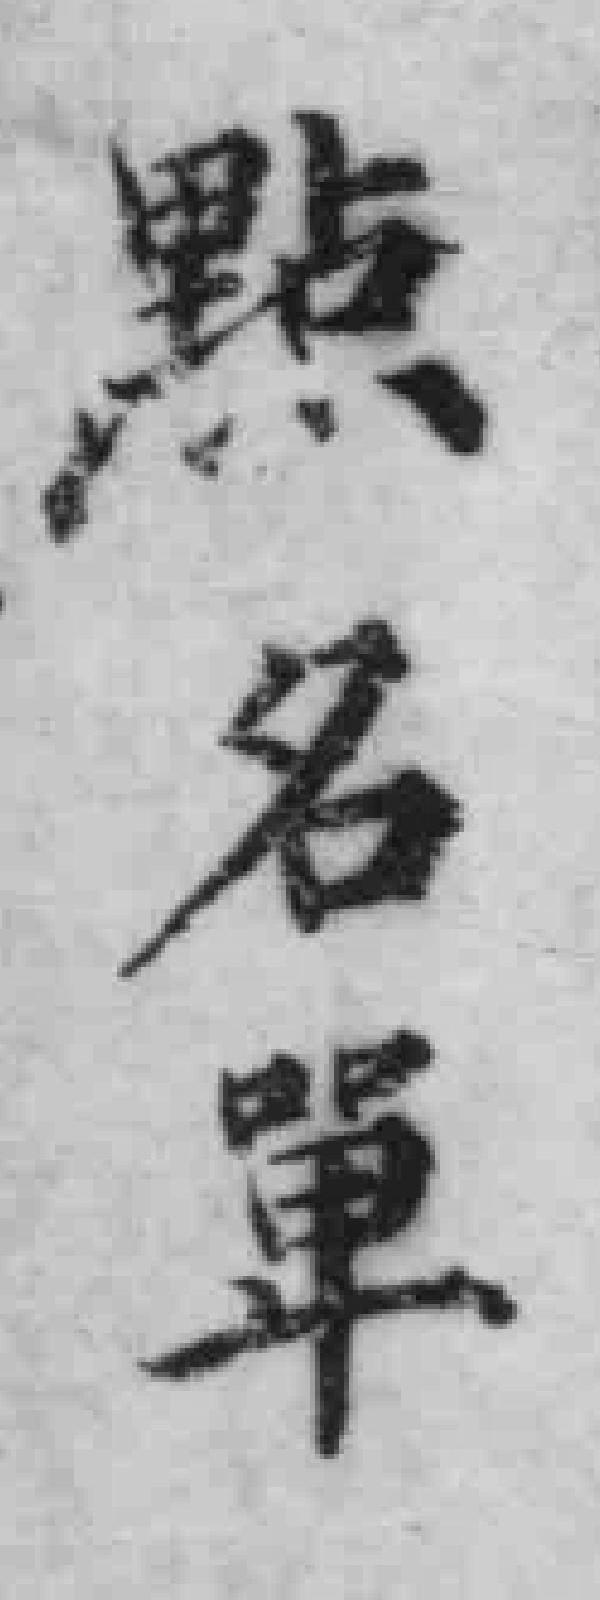
點名單